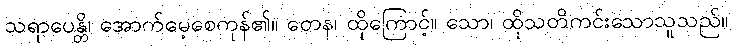
သရာပေန္တိ၊ အောက်မေ့စေကုန်၏။ တေန၊ ထိုကြောင့်။ သော၊ ထိုသတိကင်းသောသူသည်။